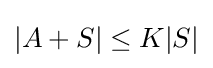
|A+S|\leq K|S|